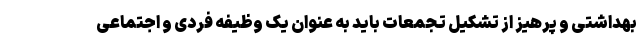
بهداشتی و پرهیز از تشکیل تجمعات باید به عنوان یک وظیفه فردی و اجتماعی